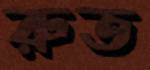
রুত